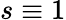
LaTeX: s\equiv 1